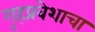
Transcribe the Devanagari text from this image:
गृहप्रवेशाचा